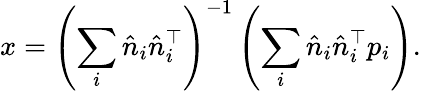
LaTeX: x=\left(\sum_{i}{\hat{n}}_{i}{\hat{n}}_{i}^{\top}\right)^{-1}\left(\sum_{i}{\hat{n}}_{i}{\hat{n}}_{i}^{\top}p_{i}\right).